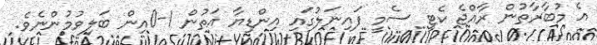
އެ މުބާރާތުން ރާއްޖެ ކެޓީ ސެމީ ފައިނަލުގައި އިންޑިޔާ އަތުން 1-0އިން ބަލިވުމުންނެވެ.